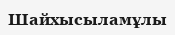
Шайхысыламұлы